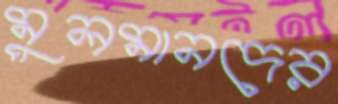
মুলমানদের